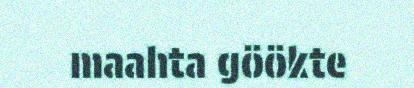
maahta göökte